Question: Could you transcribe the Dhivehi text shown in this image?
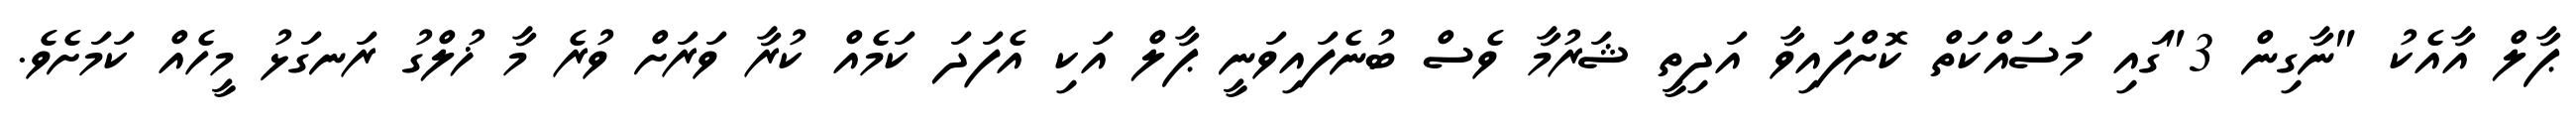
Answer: ޕާލް އާއެކު "ނާގިން 3"ގައި މަސައްކަތް ކޮށްފައިވާ އަދިތީ ޝަރުމާ ވެސް ބުނެފައިވަނީ ޕާލް އަކި އެފަދަ ކަމެއް ކުރާ ވަރަށް ވުރެ މާ ޚުލްގު ރަނގަޅު މީހެއް ކަމަށެވެ.